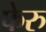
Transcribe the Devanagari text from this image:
फेरु